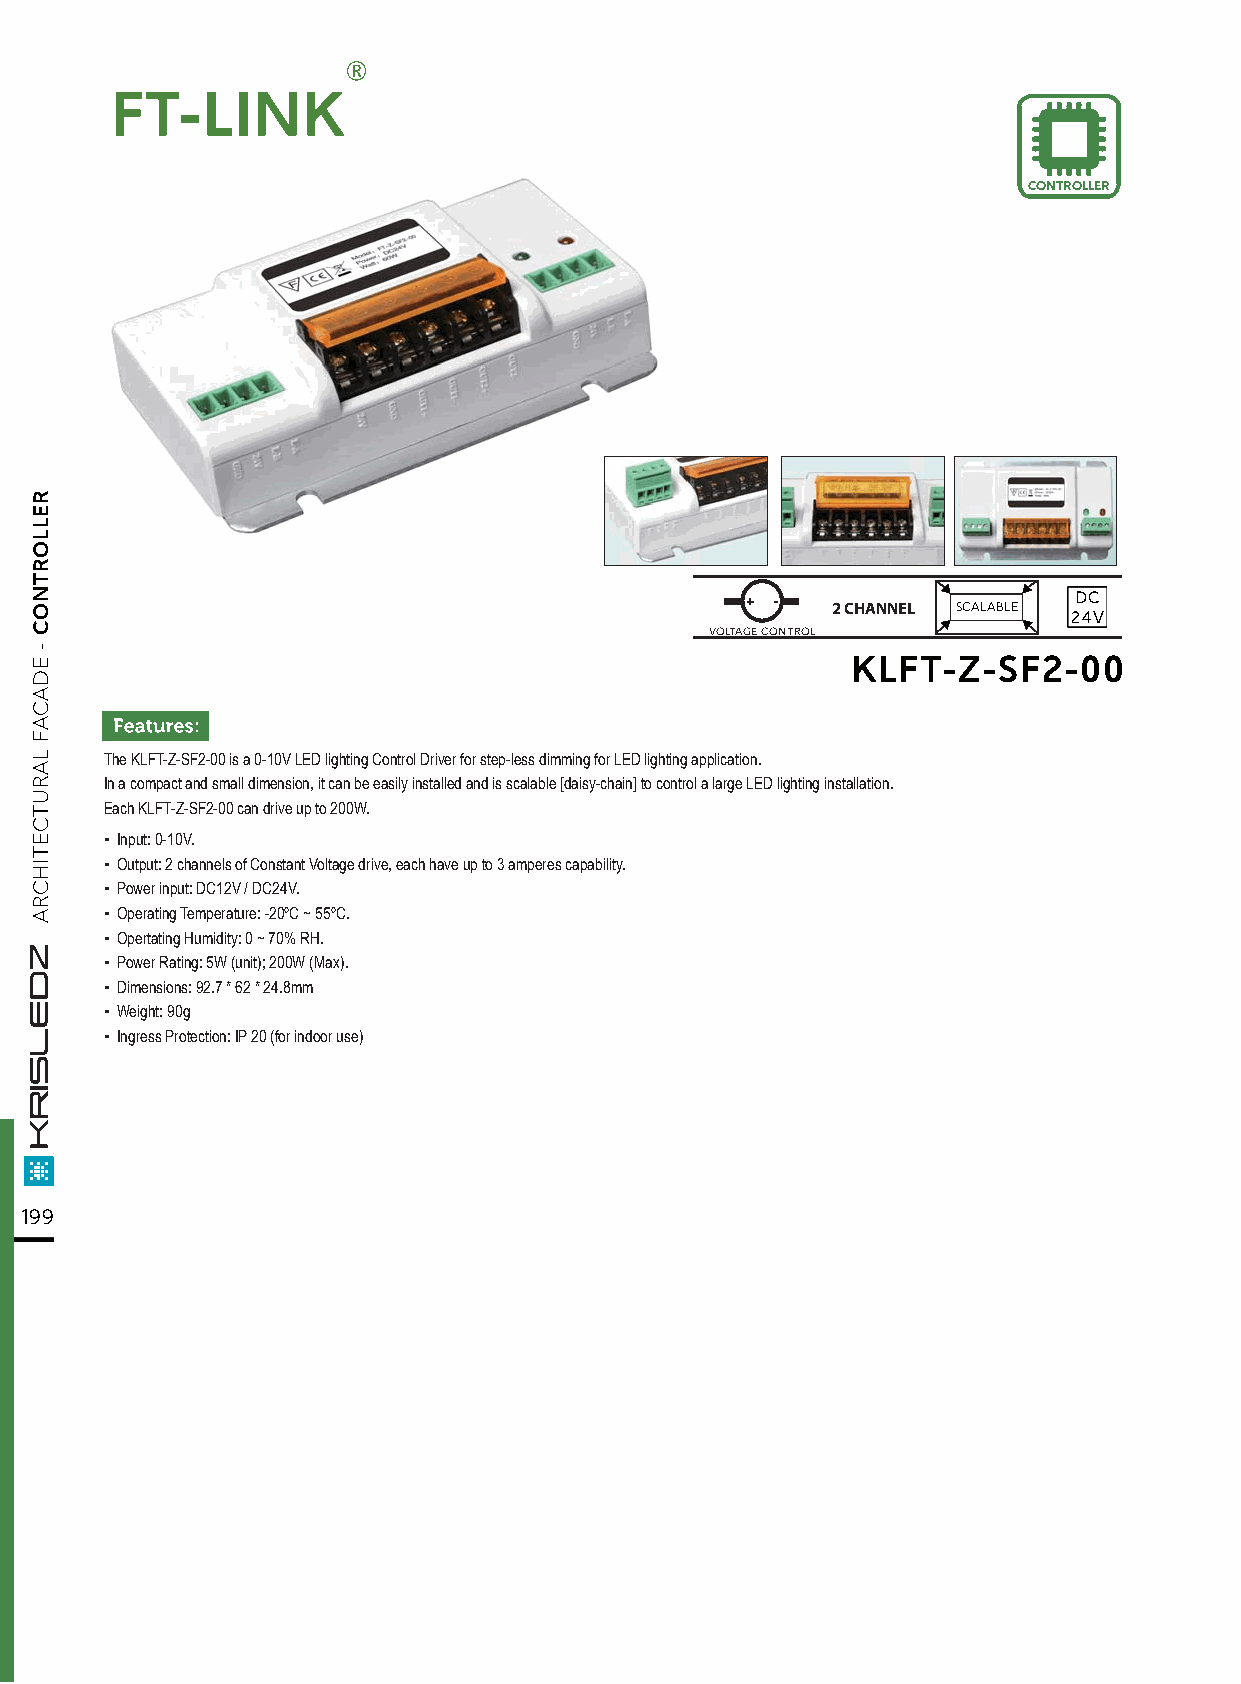
FT-LINK
 CONTROLLER
 + -                   DC
 2 CHANNEL SCALABLE 24V
 VOLTAGE CONTROL
 KLFT-Z-SF2-00
 The KLFT-Z-SF2-00 is a 0-10V LED lighting Control Driver for step-less dimming for LED lighting application.
 In a compact and small dimension, it can be easily installed and is scalable [daisy-chain] to control a large LED lighting installation.
 Each KLFT-Z-SF2-00 can drive up to 200W.
 ▪ Input: 0-10V.
 ▪ Output: 2 channels of Constant Voltage drive, each have up to 3 amperes capability.
 ▪ Power input: DC12V / DC24V.
 ▪ Operating Temperature: -20ºC ~ 55ºC.
 ▪ Opertating Humidity: 0 ~ 70% RH.
 ▪ Power Rating: 5W (unit); 200W (Max).
 ▪ Dimensions: 92.7 * 62 * 24.8mm
 ▪ Weight: 90g
 ▪ Ingress Protection: IP 20 (for indoor use)
 199
 RELLORTNOC
 -
 EDACAF
 LARUTCETIHCRA